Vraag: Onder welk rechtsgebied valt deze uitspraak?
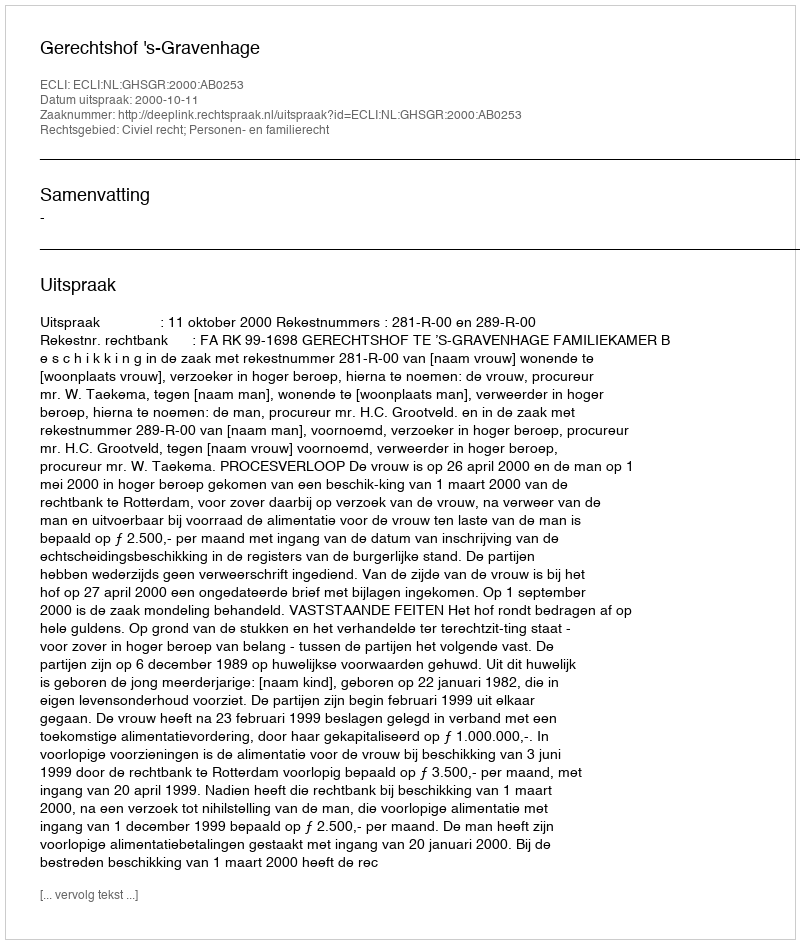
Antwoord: Civiel recht; Personen- en familierecht